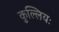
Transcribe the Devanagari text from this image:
कुल्लियः